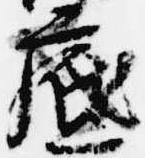
底